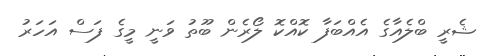
ޝެރީ ބްލެއާގެ އެއްބަފާ ކޮއްކޮ ލޯރެން ބޫތު ވަނީ މީގެ ފަސް އަހަރު